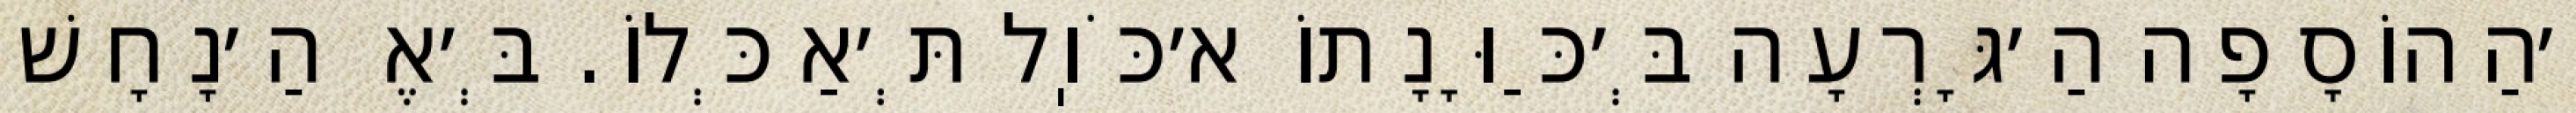
וְ׳הַהוֹסָפָה הַ׳גָּרְעָה בְּ׳כַּוָּנָתוֹ א׳כֹּוֽל תְּ׳אַכְּלוֹ. בְּ׳אֶ הַ׳נָחָשׁ